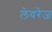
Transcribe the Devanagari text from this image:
लेयरेज